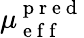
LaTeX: \mu_{\mathrm{~e~f~f~}}^{\mathrm{~p~r~e~d~}}